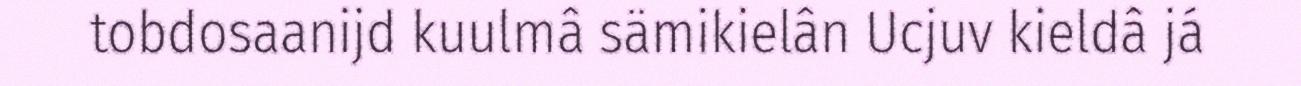
tobdosaanijd kuulmâ sämikielân Ucjuv kieldâ já